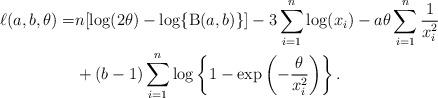
LaTeX: \begin{align*}\ell(a,b,\theta)=&n[\log(2\theta) - \log \{ \operatorname{B}(a,b) \}]-3 \sum^n_{i=1}\log (x_{i})-a\theta\sum^n_{i=1} \frac{1}{x^2_i}\\&+(b-1)\sum^{n}_{i=1}\log\left\{1- \exp\left(-\frac{\theta}{x_i^2}\right)\right\}.\end{align*}